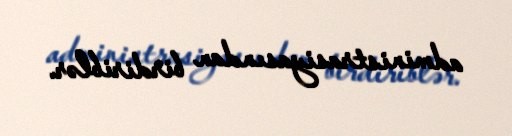
administrasiyasından birdiriblər.